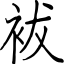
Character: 袚